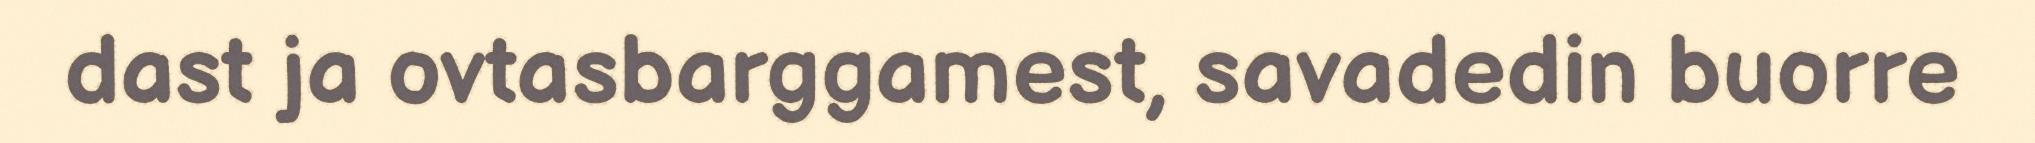
dast ja ovtasbarggamest, savadedin buorre